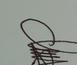
Signature authenticity: genuine